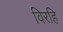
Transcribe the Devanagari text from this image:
विरहि